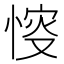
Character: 𢜶